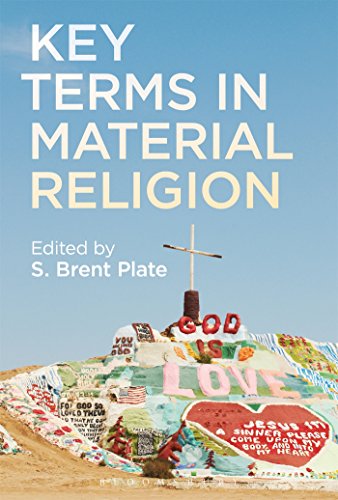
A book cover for Key Terms in Material Religion; Reference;